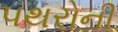
પથરોની